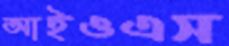
আইওএস